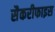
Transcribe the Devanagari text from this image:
सैकरीफाइस